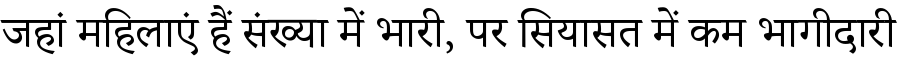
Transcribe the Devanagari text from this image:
जहां महिलाएं हैं संख्या में भारी, पर सियासत में कम भागीदारी